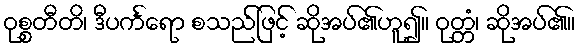
ဝုစ္စတီတိ၊ ဒီပင်္ကရော စသည်ဖြင့် ဆိုအပ်၏ဟူ၍။ ဝုတ္တံ၊ ဆိုအပ်၏။